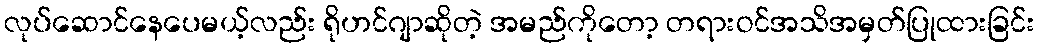
လုပ်ဆောင်နေပေမယ့်လည်း ရိုဟင်ဂျာဆိုတဲ့ အမည်ကိုတော့ တရားဝင်အသိအမှတ်ပြုထားခြင်း